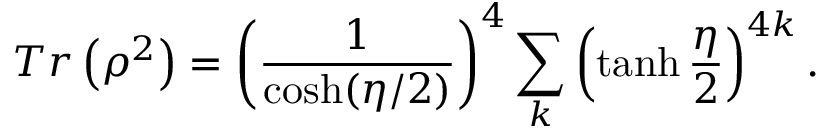
T r \left( \rho ^ { 2 } \right) = \left( { \frac { 1 } { \cosh ( \eta / 2 ) } } \right) ^ { 4 } \sum _ { k } ^ { } \left( \operatorname { t a n h } { \frac { \eta } { 2 } } \right) ^ { 4 k } .